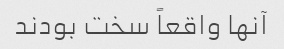
آنها واقعاً سخت بودند